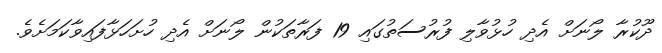
ދޫކުރާ ލޯނަށް އެދި ހުޅުވާލި ފުރުސަތުުގައި 19 ފަރާތަކުން ލޯނަށް އެދި ހުށަހަޅާފައިވާކަމަށެވެ.